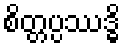
စိတ္တပ္ပဿဒ္ဓိ